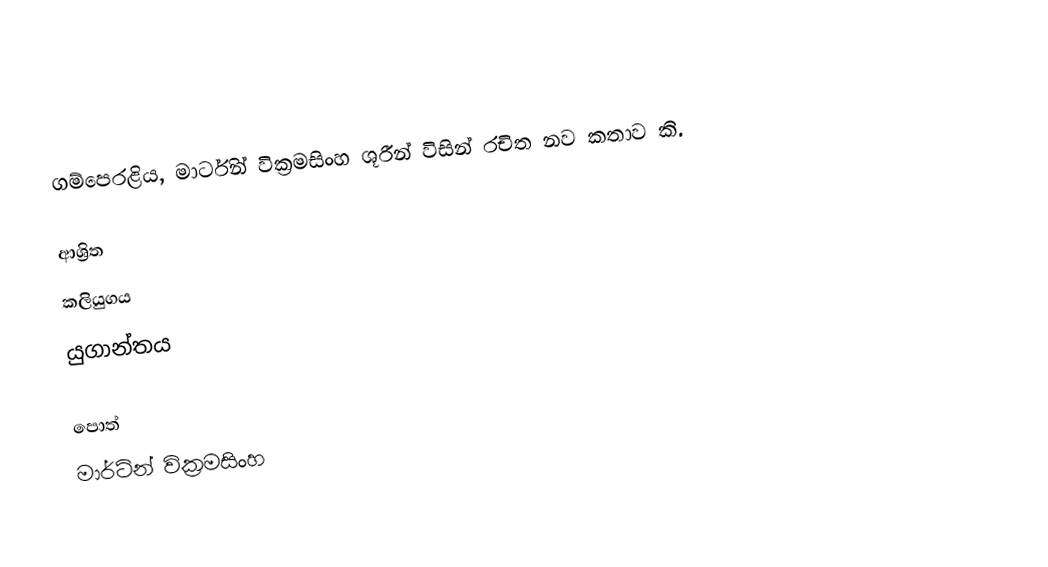
ගම්පෙරළිය, මාර්ටින් වික්‍රමසිංහ ශූරීන් විසින් රචිත නව කතාව කි.

ආශ්‍රිත
 කලියුගය
 යුගාන්තය

පොත්
මාර්ටින් වික්‍රමසිංහ